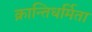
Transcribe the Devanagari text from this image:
क्रान्तिधर्मिता